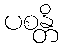
ပစန္တိ